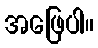
အဖြေပါ။